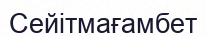
Сейітмағамбет